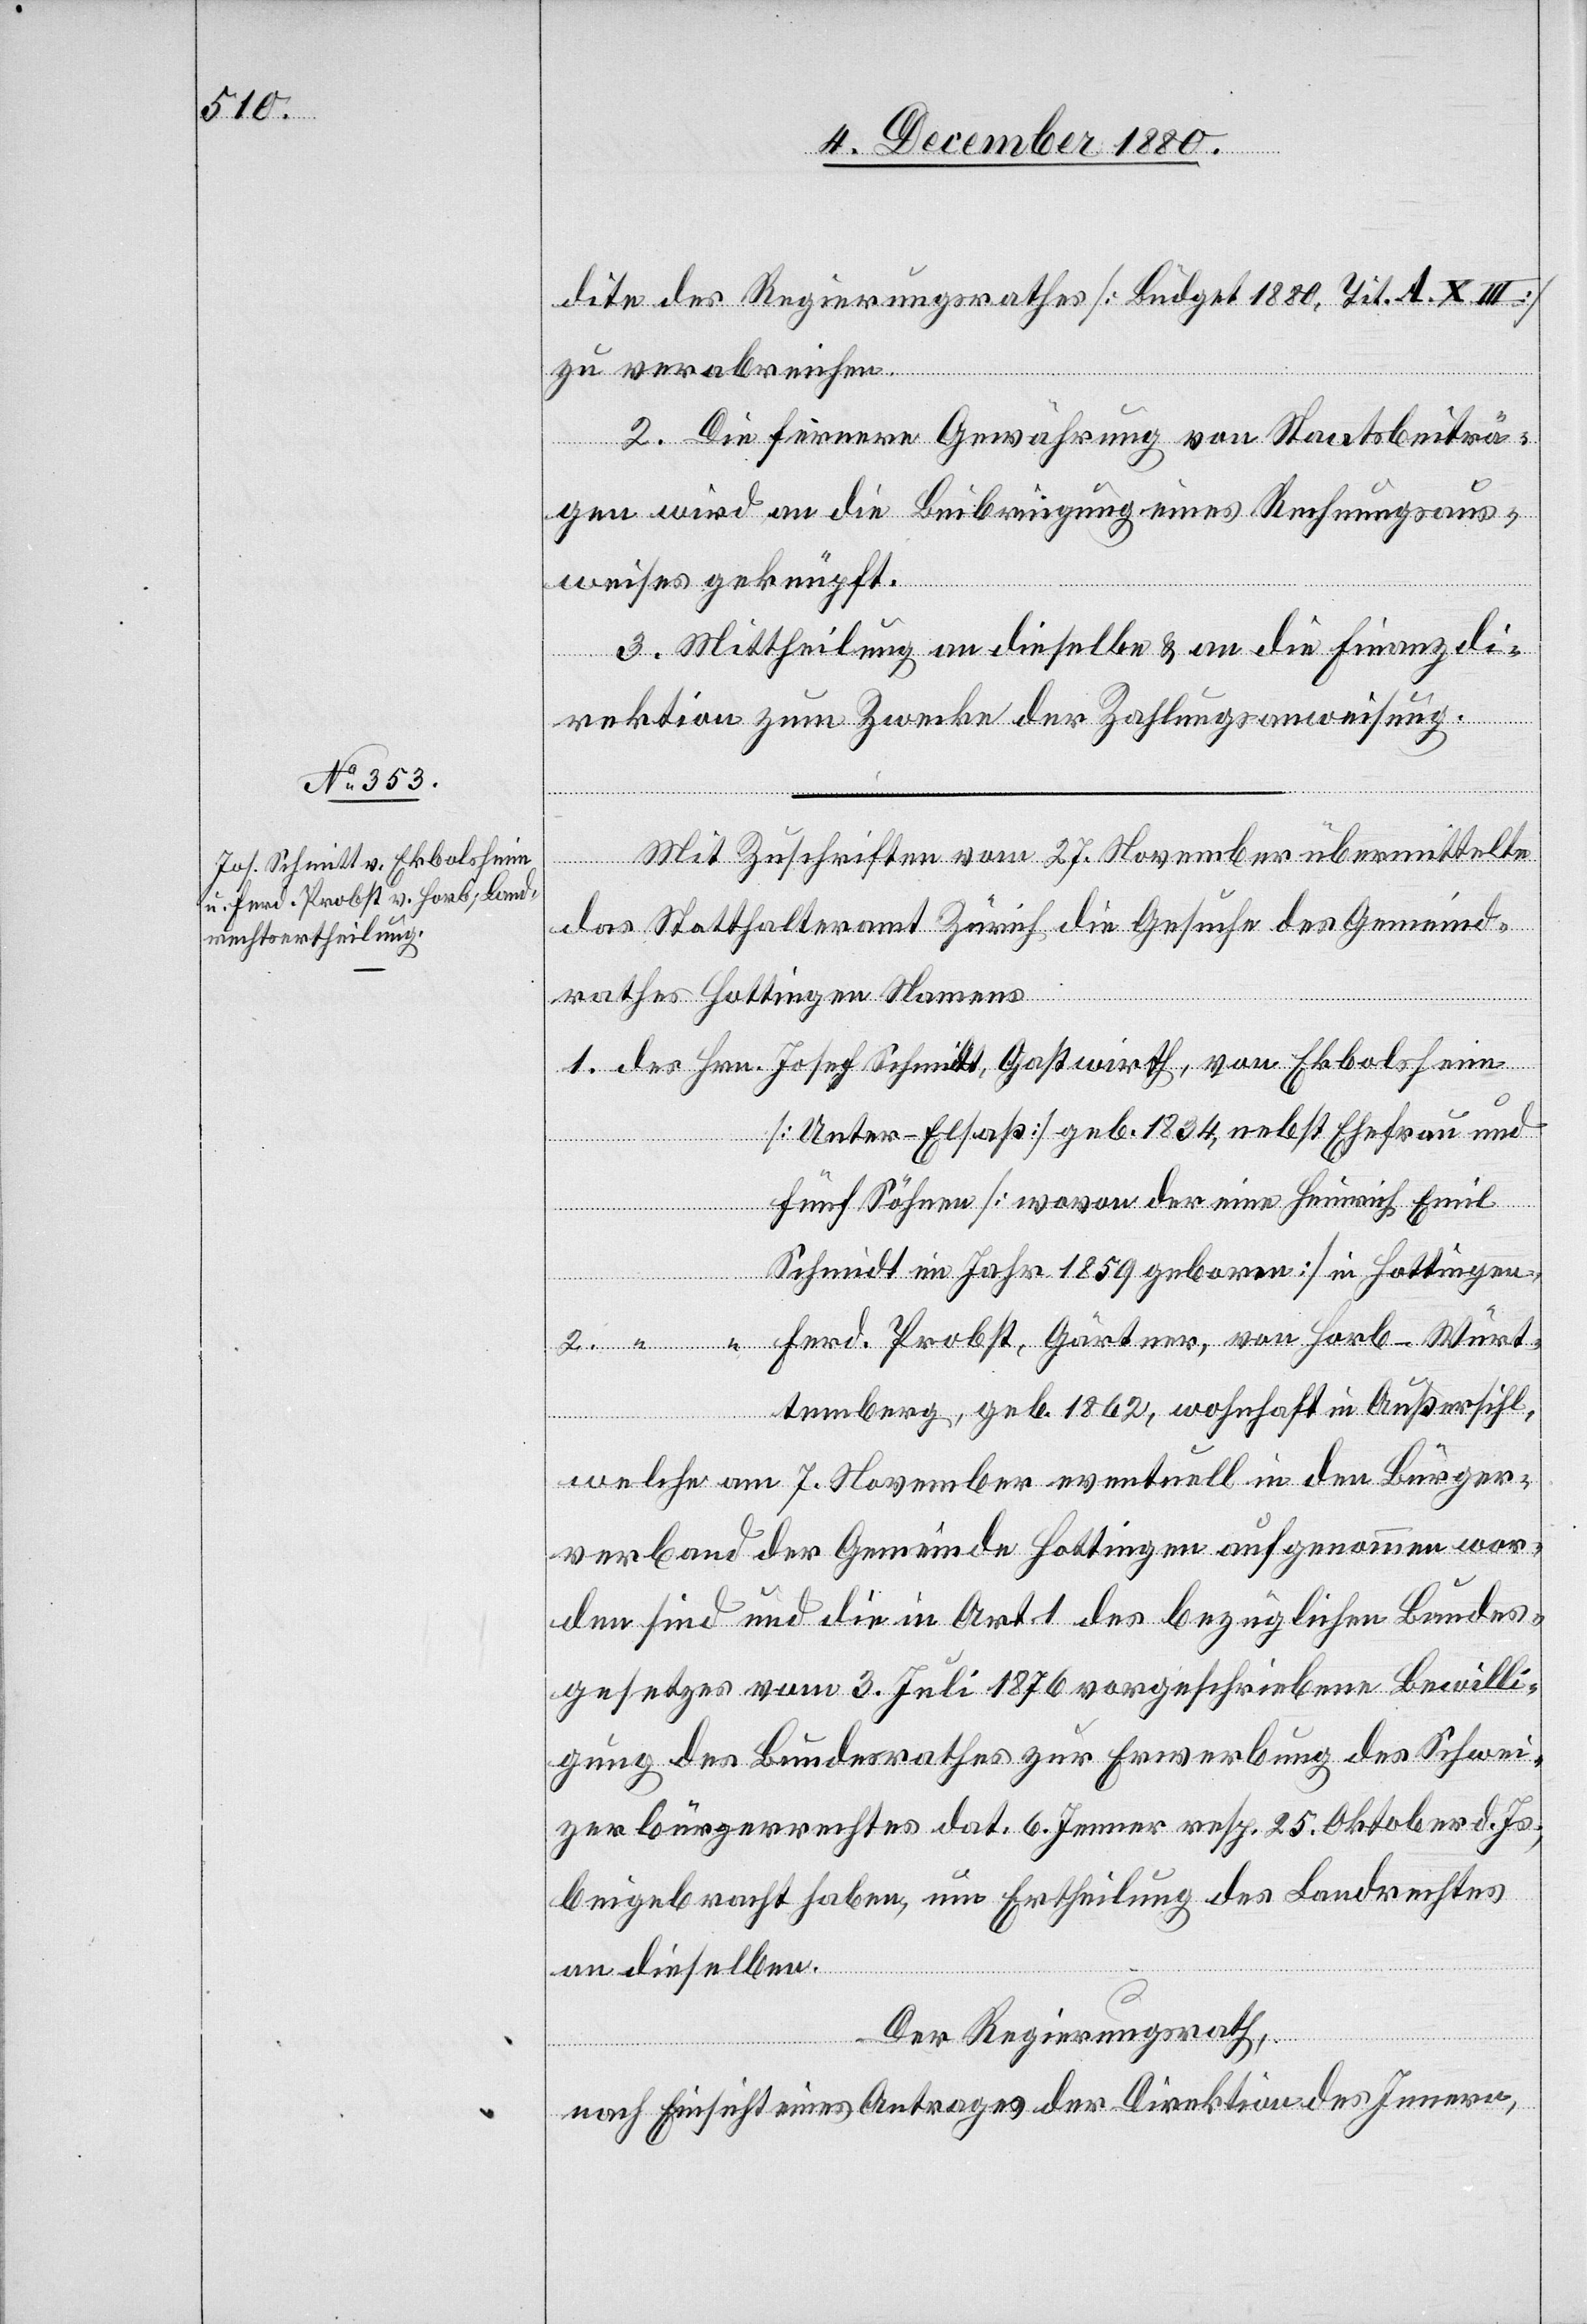
dite des Regierungsrathes [Büdget 1880, Tit. A. X. III]
zu verabreichen.
2. Die fernere Gewährung von Staatsbeiträ¬
gen wird an die Beibringung eines Rechnungsaus¬
weises geknüpft.
3. Mittheilung an dieselbe & an die Finanzdi¬
th,
rektion zum Zwecke der Zahlungsanweisung.
Mit Zuschriften vom 27. November übermittelte
bolsheim
das Statthalteramt Zürich die Gesuche des Gemeind¬
rathes Hottingen Namens
[Unter-Elsaß] geb. 1834, nebst Ehefrau und
fünf Söhnen [wovon der eine Heinrich Emil
Schmidt im Jahr 1859 geboren] in Hottingen,
2.
Ferd. Probst, Gärtner, von Horb - Würt¬
temberg, geb. 1862, wohnhaft in Außersihl,
welche am 7. November eventuell in den Bürger¬
verband der Gemeinde Hottingen aufgenommen wor¬
den sind und die in Art. 1 des bezüglichen Bundes¬
gesetzes vom 3. Juli 1876 vorgeschriebene Bewilli¬
gung des Bundesrathes zur Erwerbung des Schwei¬
zerbürgerrechtes dat. 6. Jenner resp. 25. Oktober d. Js.,
beigebracht haben, um Ertheilung des Landrechtes
an dieselben.
Der Regierungsrath,
nach Einsicht eines Antrages der Direktion des Innern,